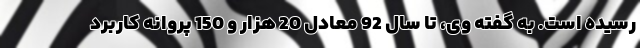
رسیده است. به گفته وی، تا سال 92 معادل 20 هزار و 150 پروانه کاربرد